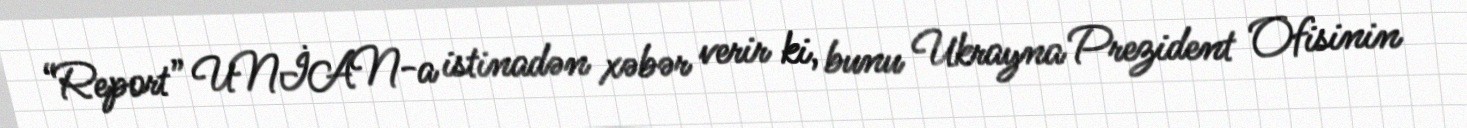
“Report” UNİAN-a istinadən xəbər verir ki, bunu Ukrayna Prezident Ofisinin